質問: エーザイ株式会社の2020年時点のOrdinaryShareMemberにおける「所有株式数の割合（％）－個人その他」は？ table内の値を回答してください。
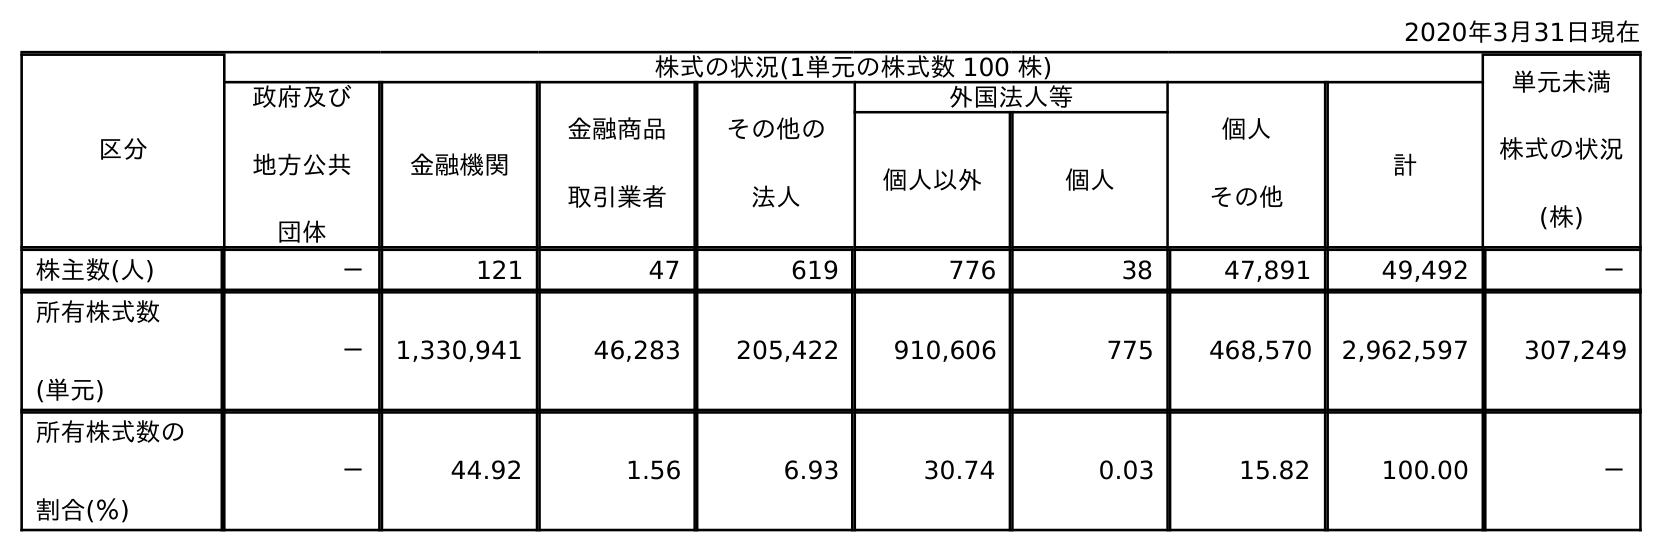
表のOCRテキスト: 2020年3月31日現在 区分 株式の状況(1単元の株式数 100 株) 単元未満 株式の状況 (株) 政府及び 地方公共 団体 金融機関 金融商品 取引業者 その他の 法人 外国法人等 個人 その他 計 個人以外 個人 株主数(人) － 121 47 619 776 38 47,891 49,492 － 所有株式数 (単元) － 1,330,941 46,283 205,422 910,606 775 468,570 2,962,597 307,249 所有株式数の 割合(％) － 44.92 1.56 6.93 30.74 0.03 15.82 100.00 －
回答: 15.82